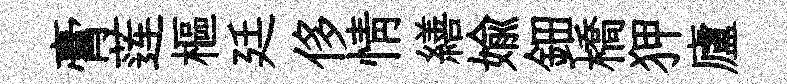
膏莲樞廷侈情繕媮鈿橋狎廬